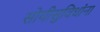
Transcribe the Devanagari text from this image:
सोयीसुविधांना